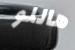
هاللو